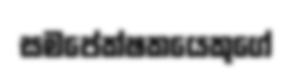
සමපේක්ෂකයෙකුගේ